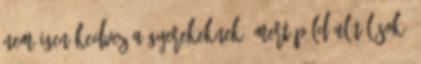
nem igen kedvez a gyerekeknek, mert például túl sok,